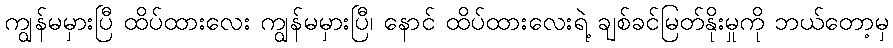
ကျွန်မမှားပြီ ထိပ်ထားလေး ကျွန်မမှားပြီ၊ နောင် ထိပ်ထားလေးရဲ့ ချစ်ခင်မြတ်နိုးမှုကို ဘယ်တော့မှ